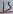
Text: 15